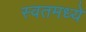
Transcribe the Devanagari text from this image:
स्वतमध्ये